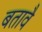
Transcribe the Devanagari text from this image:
बतावै